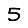
Digit: 5